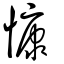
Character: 慷